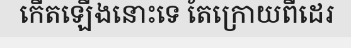
កើតឡើងនោះទេ តែក្រោយពីដេរ